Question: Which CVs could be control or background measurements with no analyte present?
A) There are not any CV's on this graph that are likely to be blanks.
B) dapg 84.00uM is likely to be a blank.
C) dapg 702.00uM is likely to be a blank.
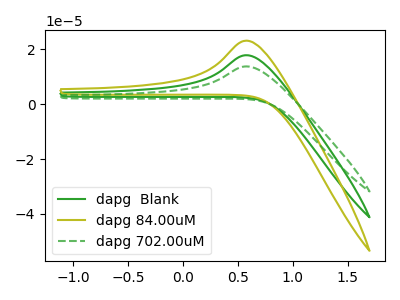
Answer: <think>The green curve "dapg  Blank" has an anodic peak at: (0.60V, 17.85uA). The olive curve "dapg 84.00uM" has an anodic peak at: (0.60V, 35.70uA). The green dashed curve "dapg 702.00uM" has an anodic peak at: (0.60V, 13.80uA).</think>
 <answer>A) There are not any CV's on this graph that are likely to be blanks.</answer>
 <eval>A</eval>